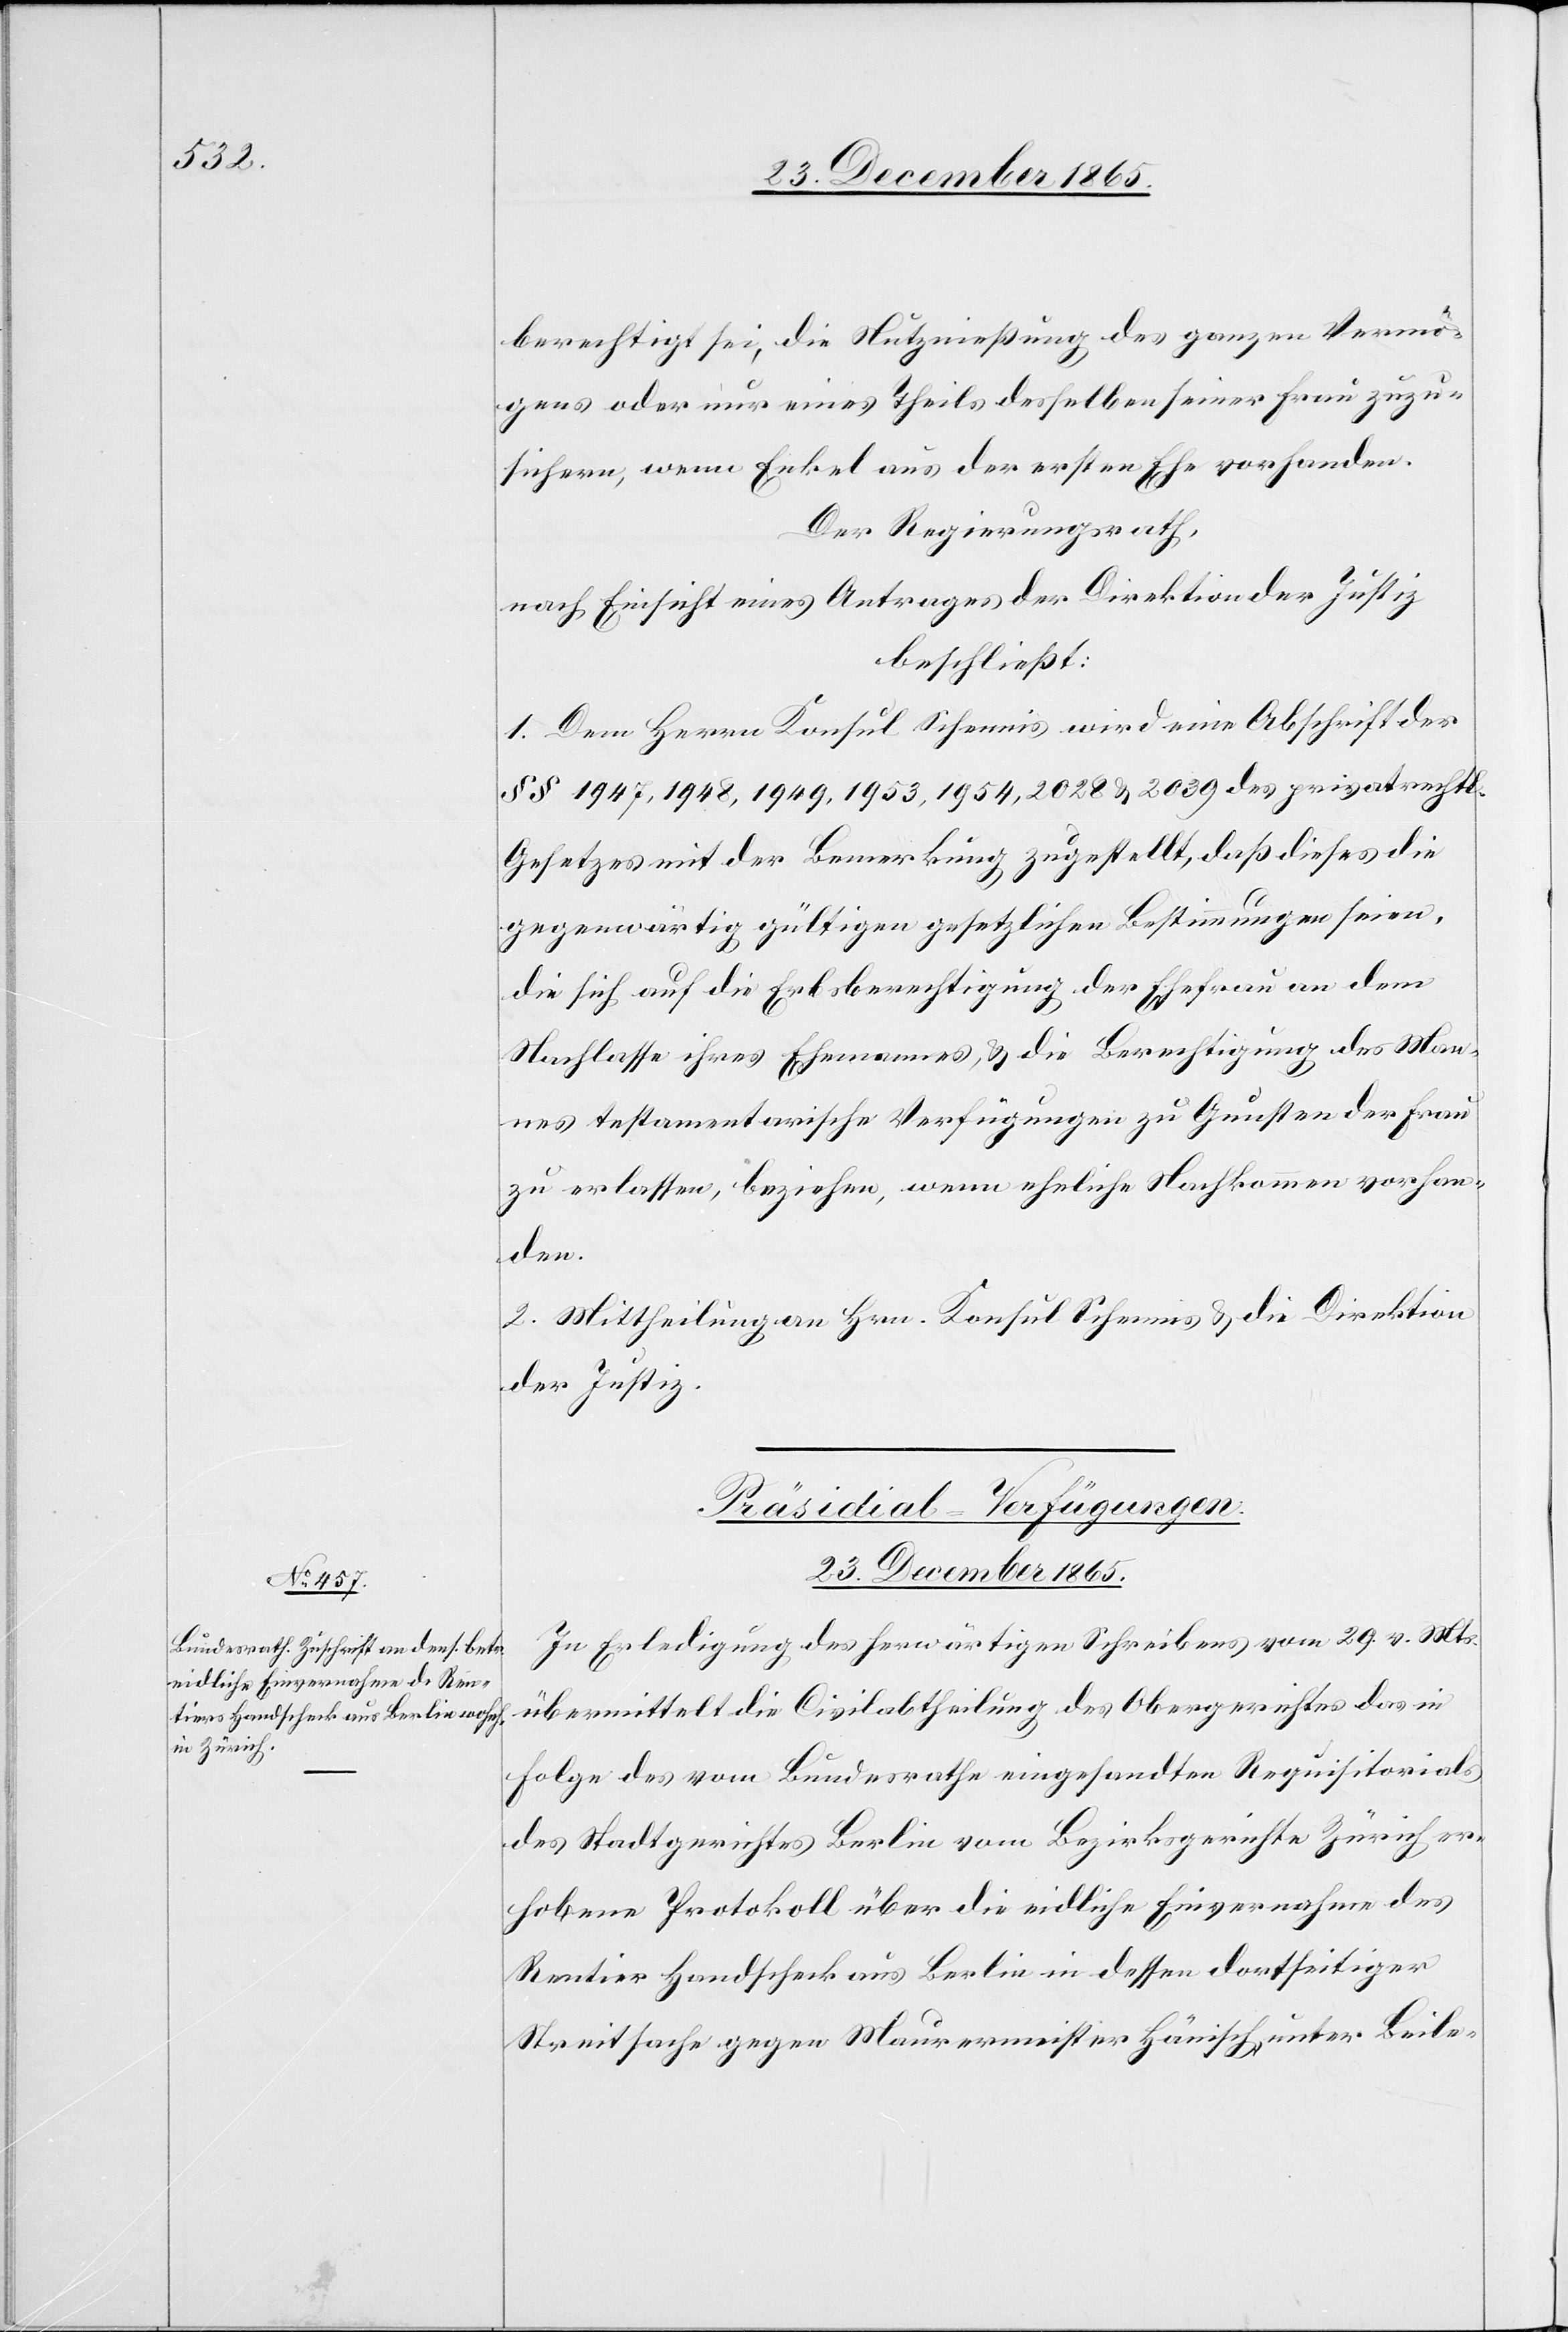
berechtig sei, die Nutznießung des ganzen Vermö¬
gens oder nur eines Theils desselben seiner Frau zuzu¬
sichern, wenn Enkel aus der ersten Ehe vorhanden.
Der Regierungsrath,
nach Einsicht eines Antrages der Direktion der Justiz,
beschließt:
1. Dem Herrn Konsul Schennis wird eine Abschrift der
§§ 1957, 1948, 1949, 1953, 1954, 2028 & 2039 des privatrechtl.
Gesetzes mit der Bemerkung zugestellt, daß dieses die
gegenwärtig gültigen gesetzlichen Bestimmungen seien,
die sich auf die Erbsberechtigung der Ehefrau an dem
Nachlasse ihres Ehemannes, & die Berechtigung des Man¬
nes testamentarische Verfügungen zu Gunsten der Frau
zu erlassen, beziehen, wenn eheliche Nachkommen vorhan¬
den.
2. Mittheilung an Hrn. Konsul Schennis & die Direktion
der Justiz.
Präsidial-Verfügungen.
23. December 1865.
In Erledigung des herwärtigen Schreibens vom 29. v. Mts.
übermittelt die Civilabtheilung des Obergerichtes das in
Folge des vom Bundesrathe eingesandten Requisitorials
des Stadtgerichtes Berlin vom Bezirksgerichte Zürich er¬
hobene Protokoll über die eidliche Einvernahme des
Rentier Handscheck aus Berlin in dessen dortseitiger
Streitsache gegen Maurermeister Hänisch, unter Beile-